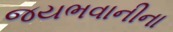
જયભવાનીના